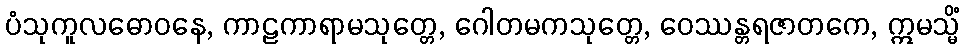
ပံသုကူလဓောဝနေ, ကာဠကာရာမသုတ္တေ, ဂေါတမကသုတ္တေ, ဝေဿန္တရဇာတကေ, ဣမသ္မိံ